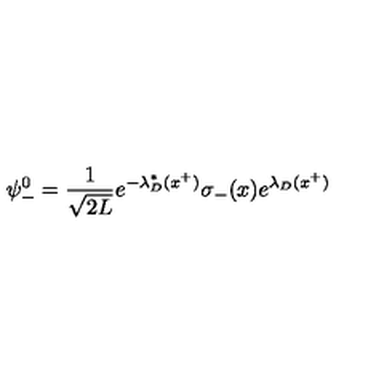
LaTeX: \psi _ { - } ^ { 0 } = { \frac { 1 } { \sqrt { 2 L } } } e ^ { - \lambda _ { D } ^ { * } ( x ^ { + } ) } \sigma _ { - } ( x ) e ^ { \lambda _ { D } ( x ^ { + } ) }